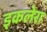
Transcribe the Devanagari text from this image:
इकलेरा